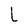
Character: L